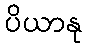
ပိယာနု